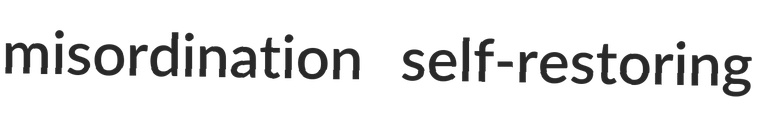
misordination self-restoring